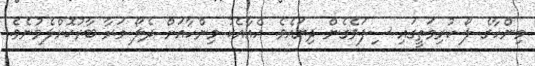
މިންހާގެ ލޯ ކުރިމަތީގައި ސިފަވެގެން ދިޔައެވެ. އެއާއެކު މިންހާއަށް ދެލޯ މަރާ ބާރުކޮށްލެވުނެވެ.